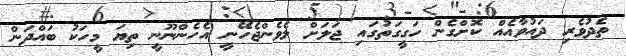
ތެދުވެރި ދައުވާއެއް ކޮށްގެން ހަގީގަތުގައި ޖަލަށް ލެވެންޖެހޭނީ އެހެންނޫނީ ތިޔަ މީހަކު ބައްދަން